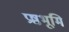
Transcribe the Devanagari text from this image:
प्रष्ठभूमि